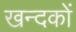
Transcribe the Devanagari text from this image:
खन्दकों